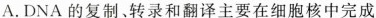
A.DNA的复制、转录和翻译主要在细胞核中完成